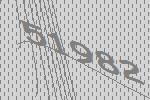
51982